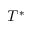
T ^ { * }